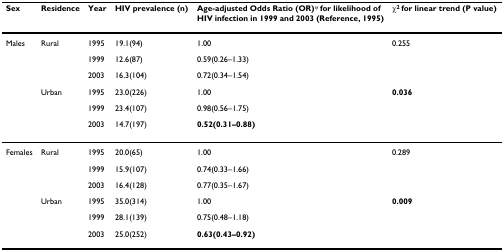
| Sex | Residence | Year | HIV prevalence (n) | Age-adjusted Odds Ratio (OR)ψ for likelihood of HIV infection in 1999 and 2003 (Reference, 1995) | χ2 for linear trend (P value) |
 | --- | --- | --- | --- | --- | --- |
 | Males | Rural | 1995 | 19.1(94) | 1.00 | 0.255 |
 |  |  | 1999 | 12.6(87) | 0.59(0.26–1.33) |  |
 |  |  | 2003 | 16.3(104) | 0.72(0.34–1.54) |  |
 |  | Urban | 1995 | 23.0(226) | 1.00 | 0.036 |
 |  |  | 1999 | 23.4(107) | 0.98(0.56–1.75) |  |
 |  |  | 2003 | 14.7(197) | 0.52(0.31–0.88) |  |
 | Females | Rural | 1995 | 20.0(65) | 1.00 | 0.289 |
 |  |  | 1999 | 15.9(107) | 0.74(0.33–1.66) |  |
 |  |  | 2003 | 16.4(128) | 0.77(0.35–1.67) |  |
 |  | Urban | 1995 | 35.0(314) | 1.00 | 0.009 |
 |  |  | 1999 | 28.1(139) | 0.75(0.48–1.18) |  |
 |  |  | 2003 | 25.0(252) | 0.63(0.43–0.92) |  |